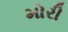
મોરી